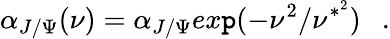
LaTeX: \alpha_{J/\Psi}(\nu)=\alpha_{J/\Psi}ex\mathtt{p}(-\nu^{2}/\nu^{*^{2}})\ \ \ .